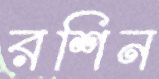
রশিন